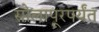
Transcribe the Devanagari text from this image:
सोलापूरपर्यंत